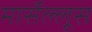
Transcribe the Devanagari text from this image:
मार्सेल्लूस